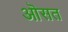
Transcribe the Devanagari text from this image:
ऒसत